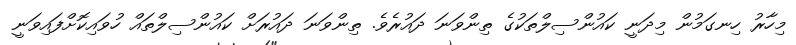
މިހާރު ހިނގަމުން މިދަނީ ކައުންސިލްތަކުގެ ތިންވަނަ ދައުރެވެ. ތިންވަނަ ދައުރަށް ކައުންސިލްތައް ހުވައިކޮށްފައިވަނީ